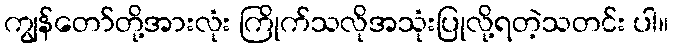
ကျွန်တော်တို့အားလုံး ကြိုက်သလိုအသုံးပြုလို့ရတဲ့သတင်း ပါ။